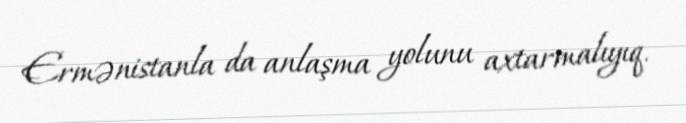
Ermənistanla da anlaşma yolunu axtarmalıyıq.